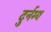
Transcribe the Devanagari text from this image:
दुर्नम्य